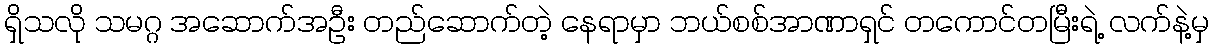
ရှိသလို သမဂ္ဂ အဆောက်အဦး တည်ဆောက်တဲ့ နေရာမှာ ဘယ်စစ်အာဏာရှင် တကောင်တမြီးရဲ့ လက်နဲ့မှ